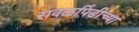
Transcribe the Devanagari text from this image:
रावळपिंडीच्या